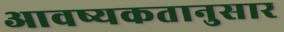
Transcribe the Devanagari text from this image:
आवष्यकतानुसार